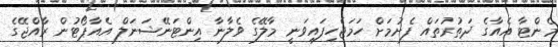
މެންޓާ އެއާގެ ދަތުރުތައް ފެށުމަށް ހަމަޖެހިފައިވަނީ މާލޭގެ ވެލާނާ އިންޓަނޭޝަނަލް އެއާޕޯޓުން ރާއްޖޭގެ